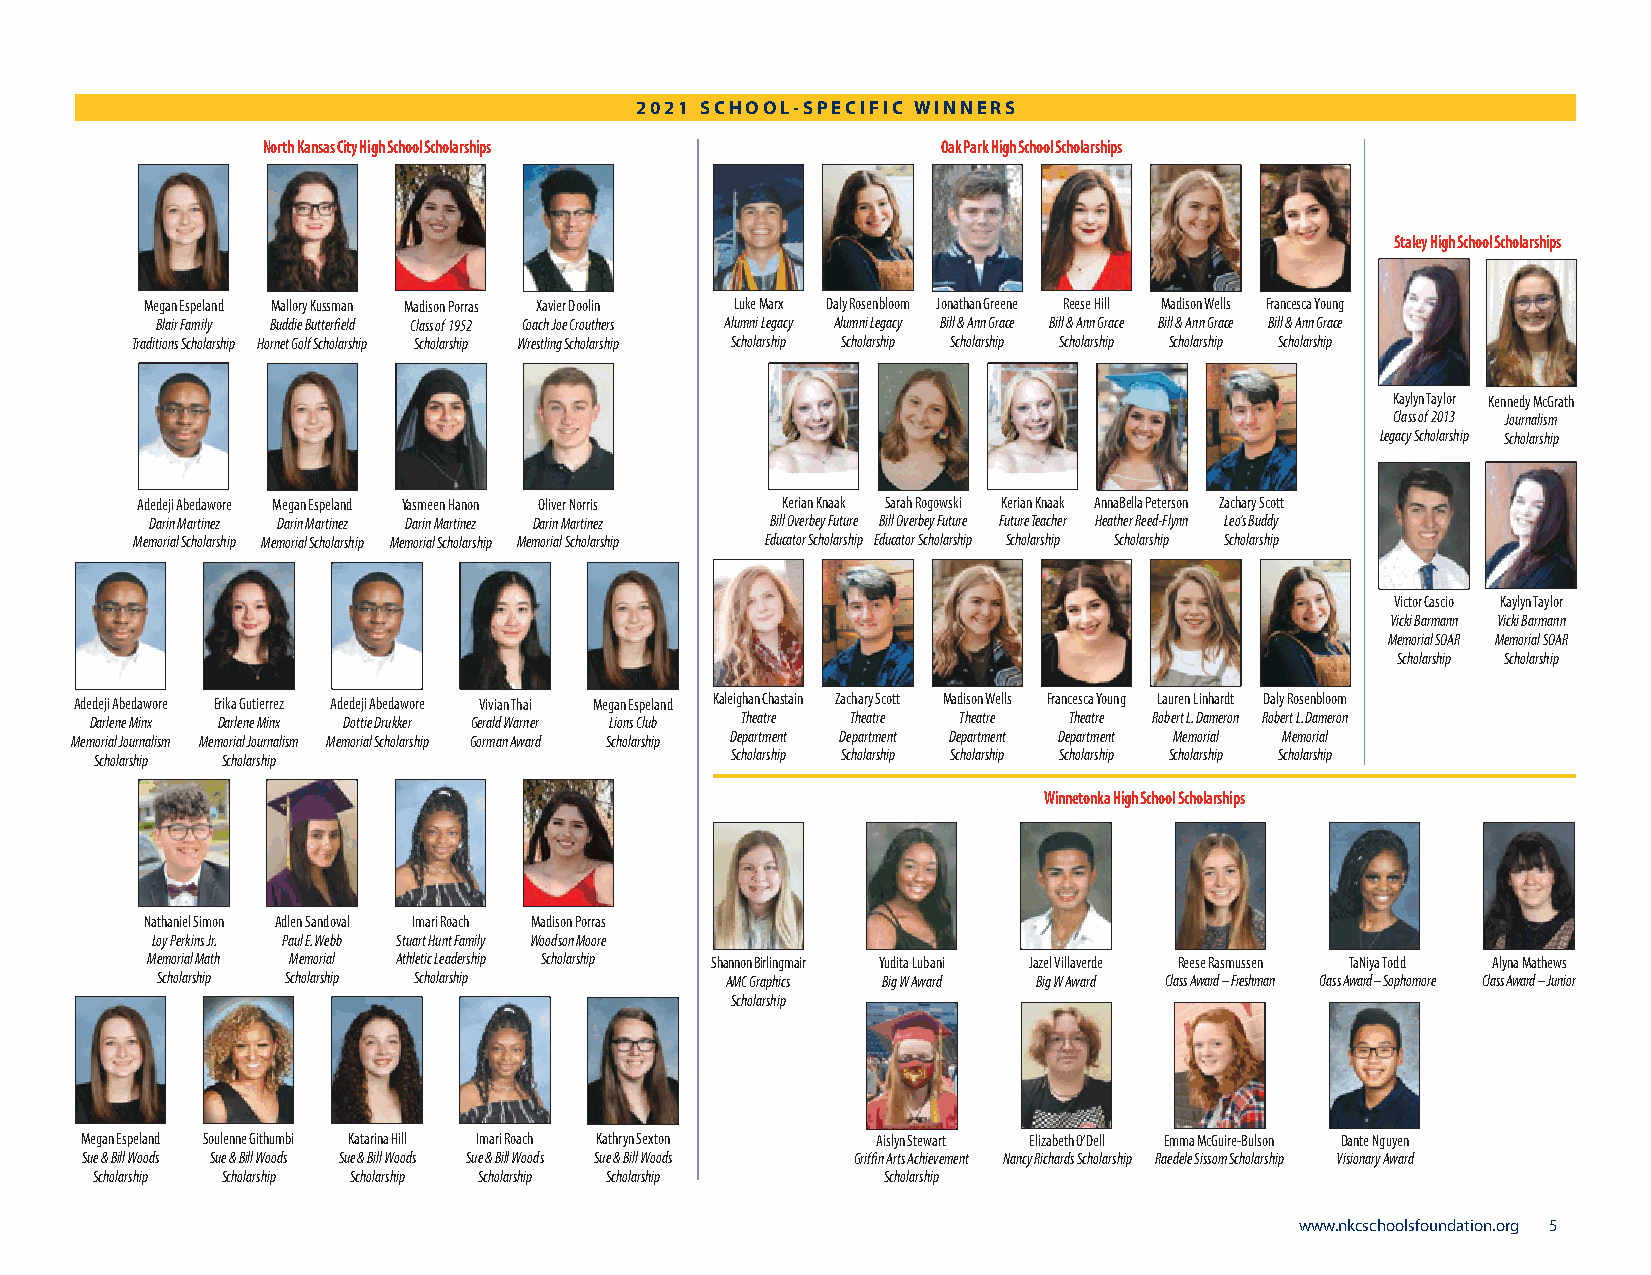
2021 SCHool-SpECiFiC winnERS
 North Kansas City High School Scholarships   Oak Park High School Scholarships
 Staley High School Scholarships
 Megan Espeland Mallory Kussman Madison Porras Xavier Doolin Luke Marx Daly Rosenbloom Jonathan Greene Reese Hill Madison Wells Francesca Young
 Blair Family Buddie Butterfield Class of 1952 Coach Joe Crouthers Alumni Legacy Alumni Legacy Bill & Ann Grace Bill & Ann Grace Bill & Ann Grace Bill & Ann Grace
 Traditions Scholarship Hornet Golf Scholarship Scholarship Wrestling Scholarship Scholarship Scholarship Scholarship Scholarship Scholarship Scholarship
 Kaylyn Taylor Kennedy McGrath
 Class of 2013 Journalism
 Legacy Scholarship Scholarship
 Adedeji Abedawore Megan Espeland Yasmeen Hanon Oliver Norris Kerian Knaak Sarah Rogowski Kerian Knaak AnnaBella Peterson Zachary Scott
 Darin Martinez Darin Martinez Darin Martinez Darin Martinez Bill Overbey Future Bill Overbey Future Future Teacher Heather Reed-Flynn Leo’s Buddy
 Memorial Scholarship Memorial Scholarship Memorial Scholarship Memorial Scholarship Educator Scholarship Educator Scholarship Scholarship Scholarship Scholarship
 Victor Cascio Kaylyn Taylor
 Vicki Barmann Vicki Barmann
 Memorial SOAR Memorial SOAR
 Scholarship Scholarship
 Adedeji Abedawore Erika Gutierrez Adedeji Abedawore Vivian Thai Megan Espeland Kaleighan Chastain Zachary Scott Madison Wells Francesca Young Lauren Linhardt Daly Rosenbloom
 Darlene Minx Darlene Minx Dottie Drukker Gerald Warner Lions Club Theatre Theatre Theatre Theatre Robert L. Dameron Robert L. Dameron
 Memorial Journalism Memorial Journalism Memorial Scholarship Gorman Award Scholarship Department Department Department Department Memorial Memorial
 Scholarship Scholarship                   Scholarship Scholarship Scholarship Scholarship Scholarship Scholarship
 Winnetonka High School Scholarships
 Nathaniel Simon Adlen Sandoval Imari Roach Madison Porras
 Loy Perkins Jr. Paul E. Webb Stuart Hunt Family Woodson Moore
 Memorial Math Memorial Athletic Leadership Scholarship Shannon Birlingmair Yudita Lubani Jazel Villaverde Reese Rasmussen TaNiya Todd Alyna Mathews
 Scholarship Scholarship Scholarship   AMC Graphics Big W Award Big W Award Class Award – Freshman Class Award – Sophomore Class Award – Junior
 Scholarship
 Megan Espeland Soulenne Githumbi Katarina Hill Imari Roach Kathryn Sexton Aislyn Stewart Elizabeth O’Dell Emma McGuire-Bulson Dante Nguyen
 Sue & Bill Woods Sue & Bill Woods Sue & Bill Woods Sue & Bill Woods Sue & Bill Woods Griffin Arts Achievement Nancy Richards Scholarship Raedele Sissom Scholarship Visionary Award
 Scholarship Scholarship Scholarship Scholarship Scholarship Scholarship
 www.nkcschoolsfoundation.org 5